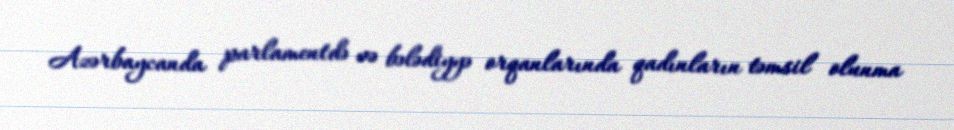
Azərbaycanda parlamentdə və bələdiyyə orqanlarında qadınların təmsil olunma